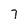
Character: 7